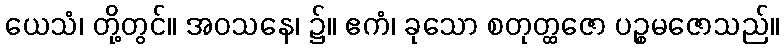
ယေသံ၊ တို့တွင်။ အဝသနေ၊ ၌။ ဧကံ၊ ခုသော စတုတ္ထဇော ပဉ္စမဇောသည်။